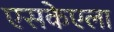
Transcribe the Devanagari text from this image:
एसकेएला